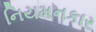
નિયમનકાર